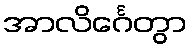
အာလိင်္ဂေတွာ